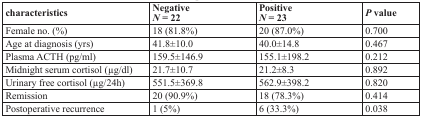
| characteristics | Negative N = 22 | Positive N = 23 | P value |
 | --- | --- | --- | --- |
 | Female no. (%) | 18 (81.8%) | 20 (87.0%) | 0.700 |
 | Age at diagnosis (yrs) | 41.8±10.0 | 40.0±14.8 | 0.467 |
 | Plasma ACTH (pg/ml) | 159.5±146.9 | 155.1±198.2 | 0.212 |
 | Midnight serum cortisol (μg/dl) | 21.7±10.7 | 21.2±8.3 | 0.892 |
 | Urinary free cortisol (μg/24h) | 551.5±369.8 | 562.9±398.2 | 0.820 |
 | Remission | 20 (90.9%) | 18 (78.3%) | 0.414 |
 | Postoperative recurrence | 1 (5%) | 6 (33.3%) | 0.038 |